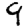
Digit: 9